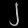
Digit: ၂